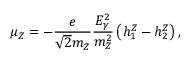
\mu _ { Z } = - \frac { e } { \sqrt { 2 } m _ { Z } } \frac { E _ { \gamma } ^ { 2 } } { m _ { Z } ^ { 2 } } \left( h _ { 1 } ^ { Z } - h _ { 2 } ^ { Z } \right) ,